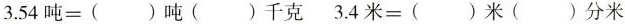
3.54吨=()吨()千克 3.4米=()米()分米